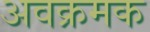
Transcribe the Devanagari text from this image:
अवक्रमक